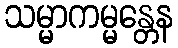
သမ္မာကမ္မန္တေန